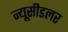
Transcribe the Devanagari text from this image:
न्यूसीडलर